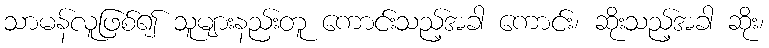
သာမန်လူဖြစ်၍ သူများနည်းတူ ကောင်းသည့်အခါ ကောင်း၊ ဆိုးသည့်အခါ ဆိုး၊